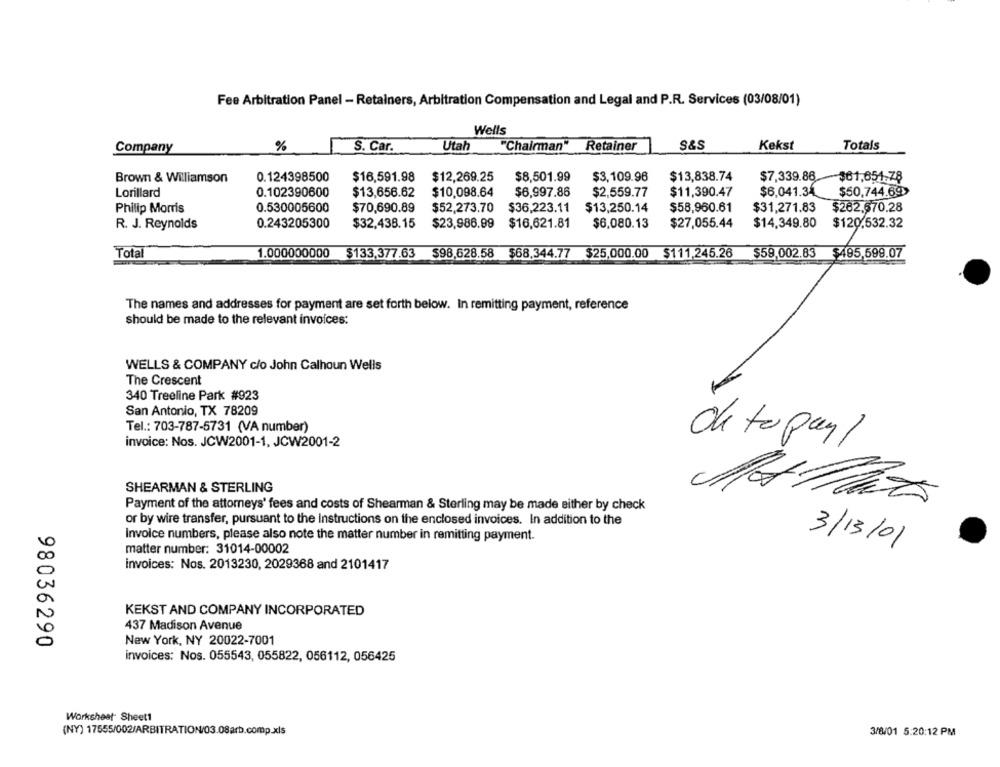
Fee Arbitration Panel - Retainers, Arbitration Compensation and Legal and P.R. Services (03/08/01)
Wells
S. Car.
Utah
"Chairman"
Retainer
S&S
Kekst
Totals
Company
%
0.124398500
$16,591.98
$12,269.25
$13,838.74
$7,339.86
Brown & Williamson
$8,501.99
$3,109.96
~$61,654.78
Lorillard
0.102390600
$13,656.62
$10,098.64
$6,997.86
$2,559.77
$11,390.47
$6,041.34
$50,744.69>
0.530005600
$13,250.14
$58,960.61
$31,271.83
Philip Morris
$70,690.89
$52,273.70
$36,223.11
$262.670.28
R. J. Reynolds
0.243205300
$32,438.15
$23,986.99
$16,621.81
$6,080.13
$27,055.44
$14,349.80
$120.532.32
Total
1.000000000
$133,377.63 $98,628.58 $68,344.77 $25,000.00 $111,245.26
$59,002.83
$495,599.07
The names and addresses for payment are set forth below. In remitting payment, reference
should be made to the relevant invoices:
WELLS & COMPANY c/o John Calhoun Wells
The Crescent
340 Treeline Park #923
San Antonio, TX 78209
Tel .: 703-787-5731 (VA number)
invoice: Nos. JCW2001-1, JCW2001-2
de topay/
SHEARMAN & STERLING
Payment of the attorneys' fees and costs of Shearman & Sterling may be made either by check
or by wire transfer, pursuant to the Instructions on the enclosed invoices. In addition to the
Invoice numbers, please also note the matter number in remitting payment.
3/13/01
matter number: 31014-00002
invoices: Nos. 2013230, 2029368 and 2101417
KEKST AND COMPANY INCORPORATED
437 Madison Avenue
98036290
New York, NY 20022-7001
invoices: Nos. 055543, 055822, 056112, 056425
Worksheet Sheet1
(NY) 17555/002/ARBITRATION/03.08arb.comp.xls
3/8/01 5:20:12 PM